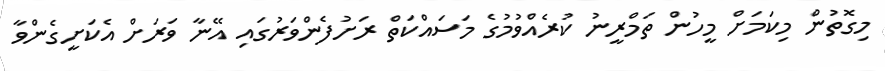
މިގޮތުން މިކަމަށް މީހުން ތަމްރީނު ކުރެއްވުމުގެ މަސައްކަތް ރަށުފެންވަރުގައި އޭނާ ވަރަށް އެކަށީގެންވާ